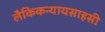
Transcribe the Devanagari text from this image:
लैकिकन्यायसाहसी